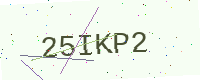
Text: 25IKP2